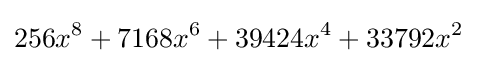
256x^{8}+7168x^{6}+39424x^{4}+33792x^{2}